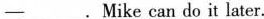
—___.Mike can do it later.